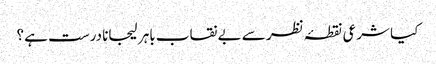
کیا شرعی نقطۂ نظر سے بے نقاب باہر لیجانا درست ہے ؟